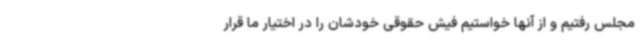
مجلس رفتیم و از آنها خواستیم فیش حقوقی خودشان را در اختیار ما قرار